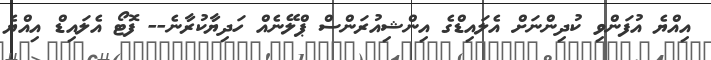
އިއްޔެ އުފަންވި ކުދިންނަށް އެލައިޑްގެ އިންޝިއުރަންްސް ޕްލޭނެއް ހަދިޔާކުރާނެ-- ފޮޓޯ އެލައިޑް އިއްޔެ